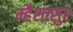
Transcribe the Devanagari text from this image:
म्हैशासुर